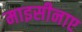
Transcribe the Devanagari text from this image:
माइसीनाए